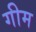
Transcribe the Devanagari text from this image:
गीम